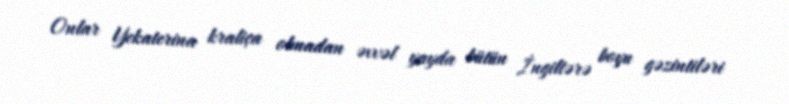
Onlar Yekaterina kraliça olmadan əvvəl yayda bütün İngiltərə boyu gəzintiləri